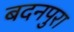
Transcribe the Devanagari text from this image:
बदनपुरा